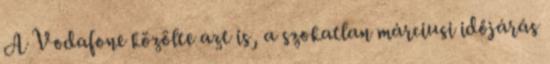
A Vodafone közölte azt is, a szokatlan márciusi időjárás